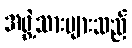
အဖွဲ့သားများသည်